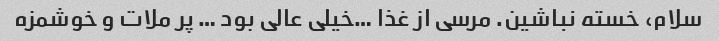
سلام، خسته نباشین. مرسی از غذا …خیلی عالی بود … پر ملات و خوشمزه